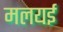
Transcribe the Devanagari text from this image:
मलयई